Annual returns of the Patna Lunatic Asylum at Bankipore in Bihar and Orissa - 1912-1924
Year: 1912
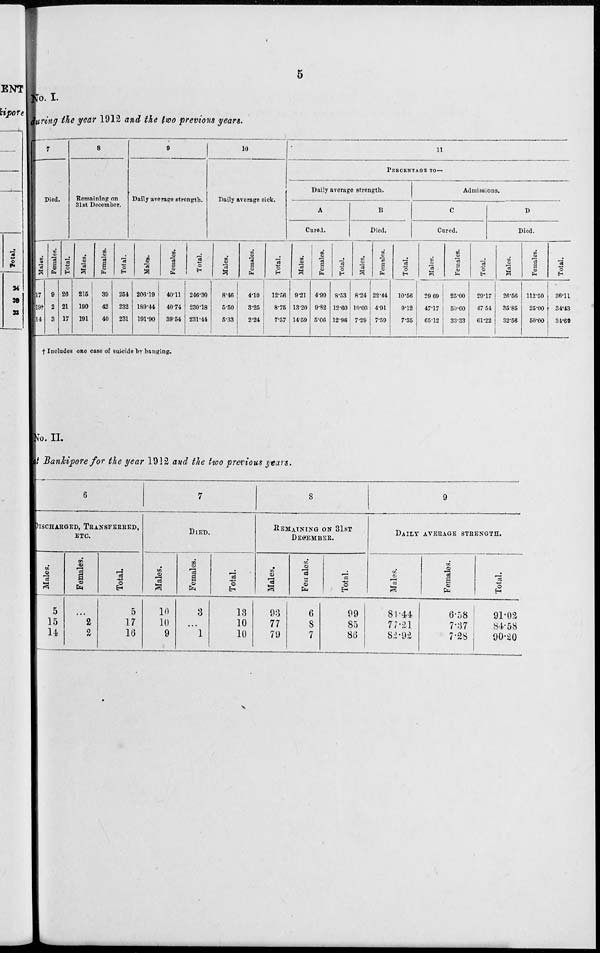
5
No. I.
during the year 1912 and the two previous years.
7
Died.
Males.
17
19†
14
Females.
9
2
3
Total.
26
21
17
8
Remaining on
31st December.
Males.
215
190
191
Females.
39
42
40
Total.
254
232
231
9
Daily average strength.
Males.
206.19
189.44
191.90
Females.
40.11
40.74
39.54
Total.
246.30
230.18
231.44
10
Daily average sick.
Males.
8.46
5.50
5.33
Females.
4.10
3.25
2.24
Total.
12.56
8.75
7.57
11
PERCENTAGE TO—
Daily average strength.
A
Cured.
Males.
9.21
13.20
14.59
Females.
4.99
9.82
5.06
Total.
8.53
12.60
12.96
B
Died.
Males.
8.24
10.03
7.29
Females.
22.44
4.91
7.59
Total.
10.56
9.12
7.35
Admissions.
C
Cured.
Males.
29.69
47.17
65.12
Females.
25.00
50.00
33.33
Total.
29.17
47.54
61.22
D
Died.
Males.
26.56
35.85
32.56
Females.
112.50
25.00
50.00
Total.
36.11
34.43
34.69
† Includes one case of suicide by hanging.
No. II.
at Bankipore for the year 1912 and the two previous years.
6
DISCHARGED, TRANSFERRED,
ETC.
Males.
5
15
14
Females.
...
2
2
Total.
5
17
16
7
DIED.
Males.
10
10
9
Females.
3
...
1
Total.
13
10
10
8
REMAINING ON 31ST
DECEMBER.
Males.
93
77
79
Females.
6
8
7
Total.
99
85
86
9
DAILY AVERAGE STRENGTH.
Males.
84.44
77.21
82.92
Females.
6.58
7.37
7.28
Total.
91.02
84.58
90.20